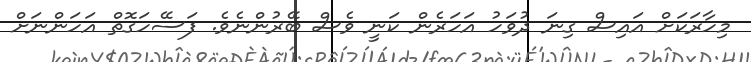
މިހާރަކަށް އައިސް ގިނަ ދުވަހު އަހަރެން ކަނީ ވެސް ބޭރުންނެވެ. ފަސޭހަގޮތް އަހަންނަށް